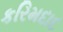
કરિમદાદ